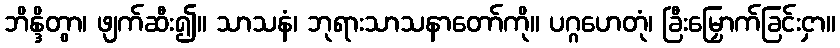
ဘိန္ဒိတွာ၊ ဖျက်ဆီး၍။ သာသနံ၊ ဘုရားသာသနာတော်ကို။ ပဂ္ဂဟေတုံ၊ ခြီးမြှောက်ခြင်းငှာ။